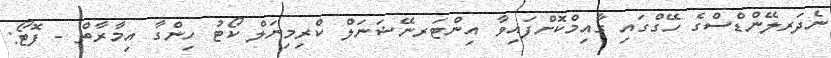
ނެދަރލޭންޑްސްގެ ހޭގްގައި ގާއިމްކޮށްފައިވާ އިންޓަރނޭޝަނަލް ކްރިމިނަލް ކޯޓު ހިންގާ އިމާރާތް - ފޮޓޯ: